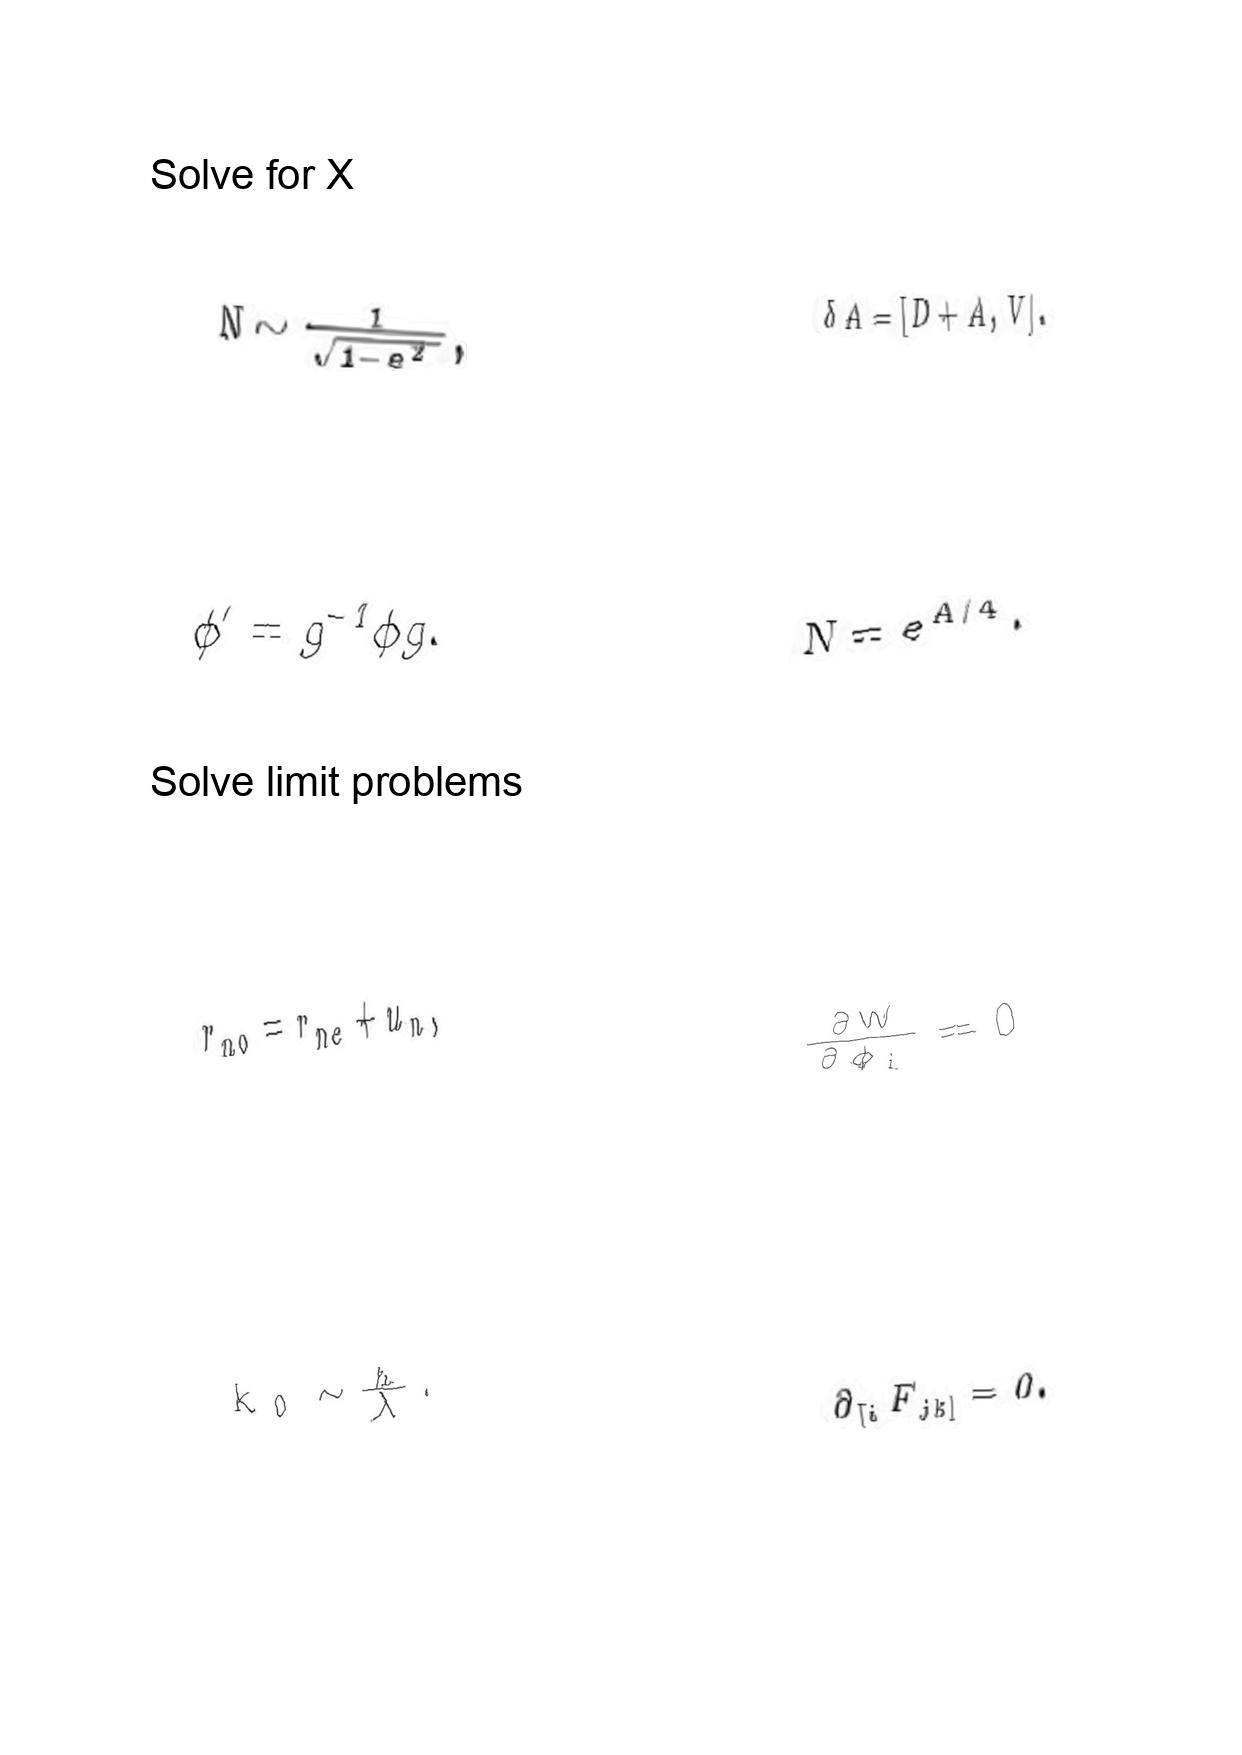
LaTeX transcription:
N \sim \frac { 1 } { \sqrt { 1 - e ^ { 2 } } } ,
\phi ^ { \prime } = g ^ { - 1 } \phi g .
r _ { n 0 } = r _ { n e } + u _ { n } ,
k _ { 0 } \sim \frac { \hbar } { \lambda } .
\delta A = \lbrack D + A , V \rbrack .
N = e ^ { A / 4 } .
\frac { \partial W } { \partial \phi _ { i } } = 0
\partial _ { \lbrack i } F _ { j k \rbrack } = 0 .